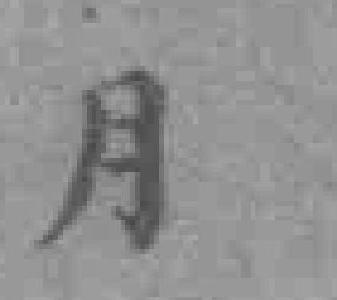
月